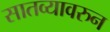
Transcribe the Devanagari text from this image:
सातव्यावरुन